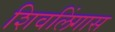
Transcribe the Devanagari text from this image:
शिवलिंगास